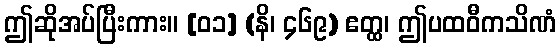
ဤဆိုအပ်ပြီးကား။ [၀၁] (နိ၊ ၄၆၉) ဧတ္ထ၊ ဤပထဝီကသိဏံ